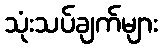
သုံးသပ်ချက်များ